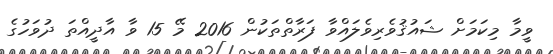
ވީމާ މިކަމަށް ޝައުޤުވެރިވެލައްވާ ފަރާތްތަކުން 2016 މޭ 15 ވާ އާދީއްތަ ދުވަހުގެ